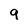
Character: 9